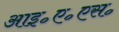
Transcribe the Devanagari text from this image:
आइ॰ए॰एस॰